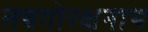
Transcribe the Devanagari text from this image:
तबगोरक्षनाथ